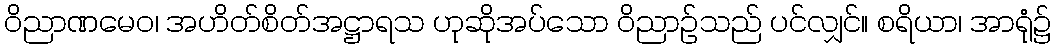
ဝိညာဏမေဝ၊ အဟိတ်စိတ်အဋ္ဌာရသ ဟုဆိုအပ်သော ဝိညာဉ်သည် ပင်လျှင်။ စရိယာ၊ အာရုံ၌